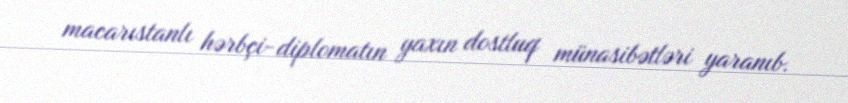
macarıstanlı hərbçi-diplomatın yaxın dostluq münasibətləri yaranıb.